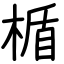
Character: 楯